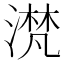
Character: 滼